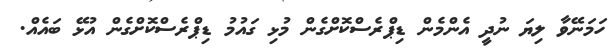
ހަމަނޭވާ ލިޔަ ނުދީ އެންމެން ޑިޕްރެސްކޮށްގެން މުޅި ގައުމު ޑިޕްރެސްކޮށްގެން އުޅޭ ބައެއް.